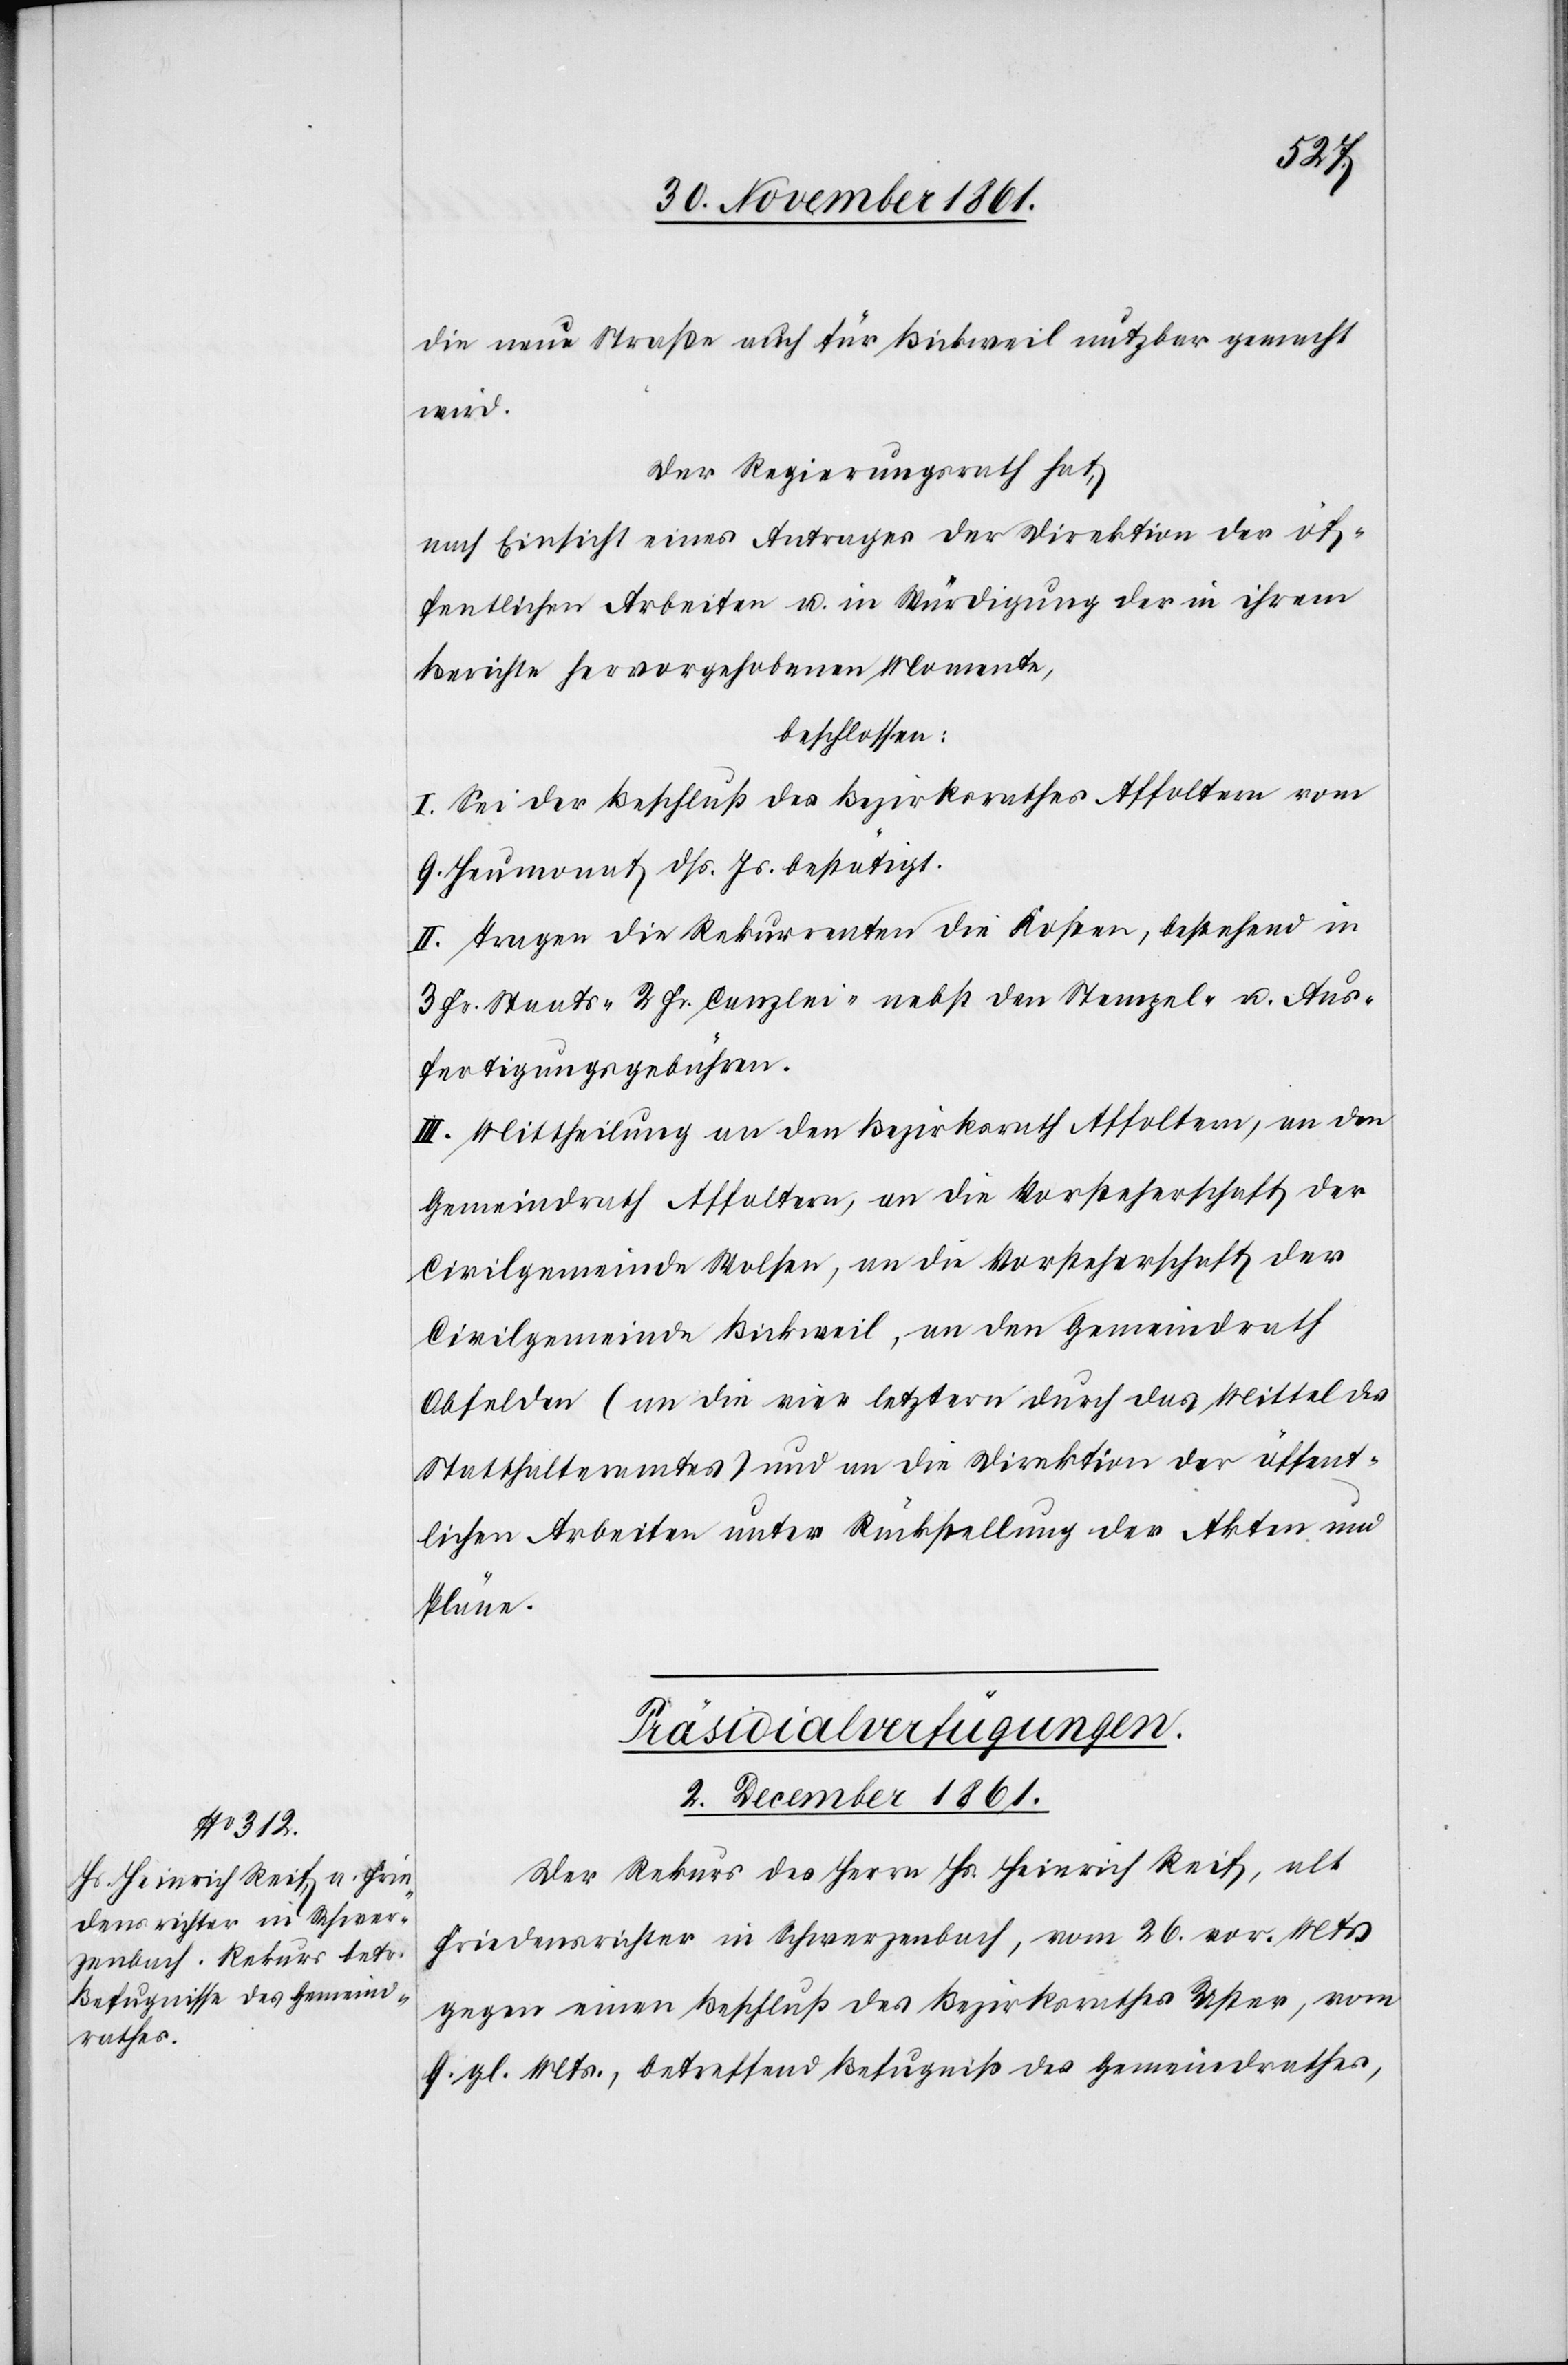
die neue Straße auch für Bickweil nutzbar gemacht
wird.
Der Regierungsrath hat,
nach Einsicht eines Antrages der Direktion der öf¬
fentlichen Arbeiten u. in Würdigung der in ihrem
Berichte hervorgehobenen Momente,
beschlossen:
I. Sei der Beschluß des Bezirksrathes Affoltern vom
9 Heumonat dß. Js. bestätigt.
II. Tragen die Rekurrenten die Kosten, bestehend in
3 Fr. Staats-[,] 2 Fr. Canzlei[-,] nebst den Stempel- u. Aus¬
fertigungsgebühren.
III. Mittheilung an den Bezirksrath Affoltern, an den
Gemeindrath Affoltern, an die Vorsteherschaft der
Civilgemeinde Wolsen, an die Vorsteherschaft der
Civilgemeinde Bickweil, an den Gemeindrath
Obfelden (an die vier letztern durch das Mittel des
Statthalteramtes) und an die Direktion der öffent¬
lichen Arbeiten unter Rückstellung der Akten und
Pläne.
Präsidial-Verfügungen.
2 December 1861.
Der Rekurs des Herrn Hs. Heinrich Reif, alt
Friedensrichter in Schwerzenbach, vom 26 vor. Mts.
gegen einen Beschluß des Bezirksrathes Uster, vom
9 gl. Mts., betreffend Befugniß des Gemeindrathes,